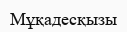
Мұқадесқызы